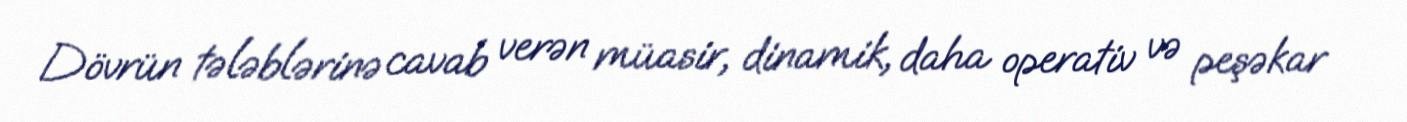
Dövrün tələblərinə cavab verən müasir, dinamik, daha operativ və peşəkar